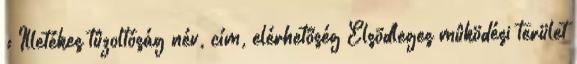
: Illetékes tûzoltóság név, cím, elérhetõség Elsõdleges mûködési terület